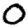
Digit: 0